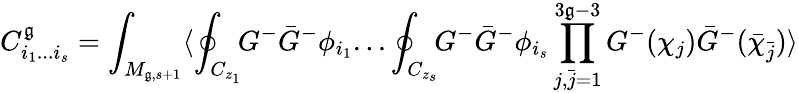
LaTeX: C_{i_{1}...i_{s}}^{\mathfrak{g}}=\int_{M_{\mathfrak{g},s+1}}\langle\oint_{C_{z_{1}}}\! \! G^{-}{\bar{{G}}}^{-}\phi_{i_{1}}...\oint_{C_{z_{s}}}\! \! G^{-}{\bar{{G}}}^{-}\phi_{i_{s}}\prod_{j,{\bar{{j}}}=1}^{3\mathfrak{g}-3}G^{-}(\chi_{j}){\bar{{G}}}^{-}({\bar{{\chi}}}_{\bar{{j}}})\rangle